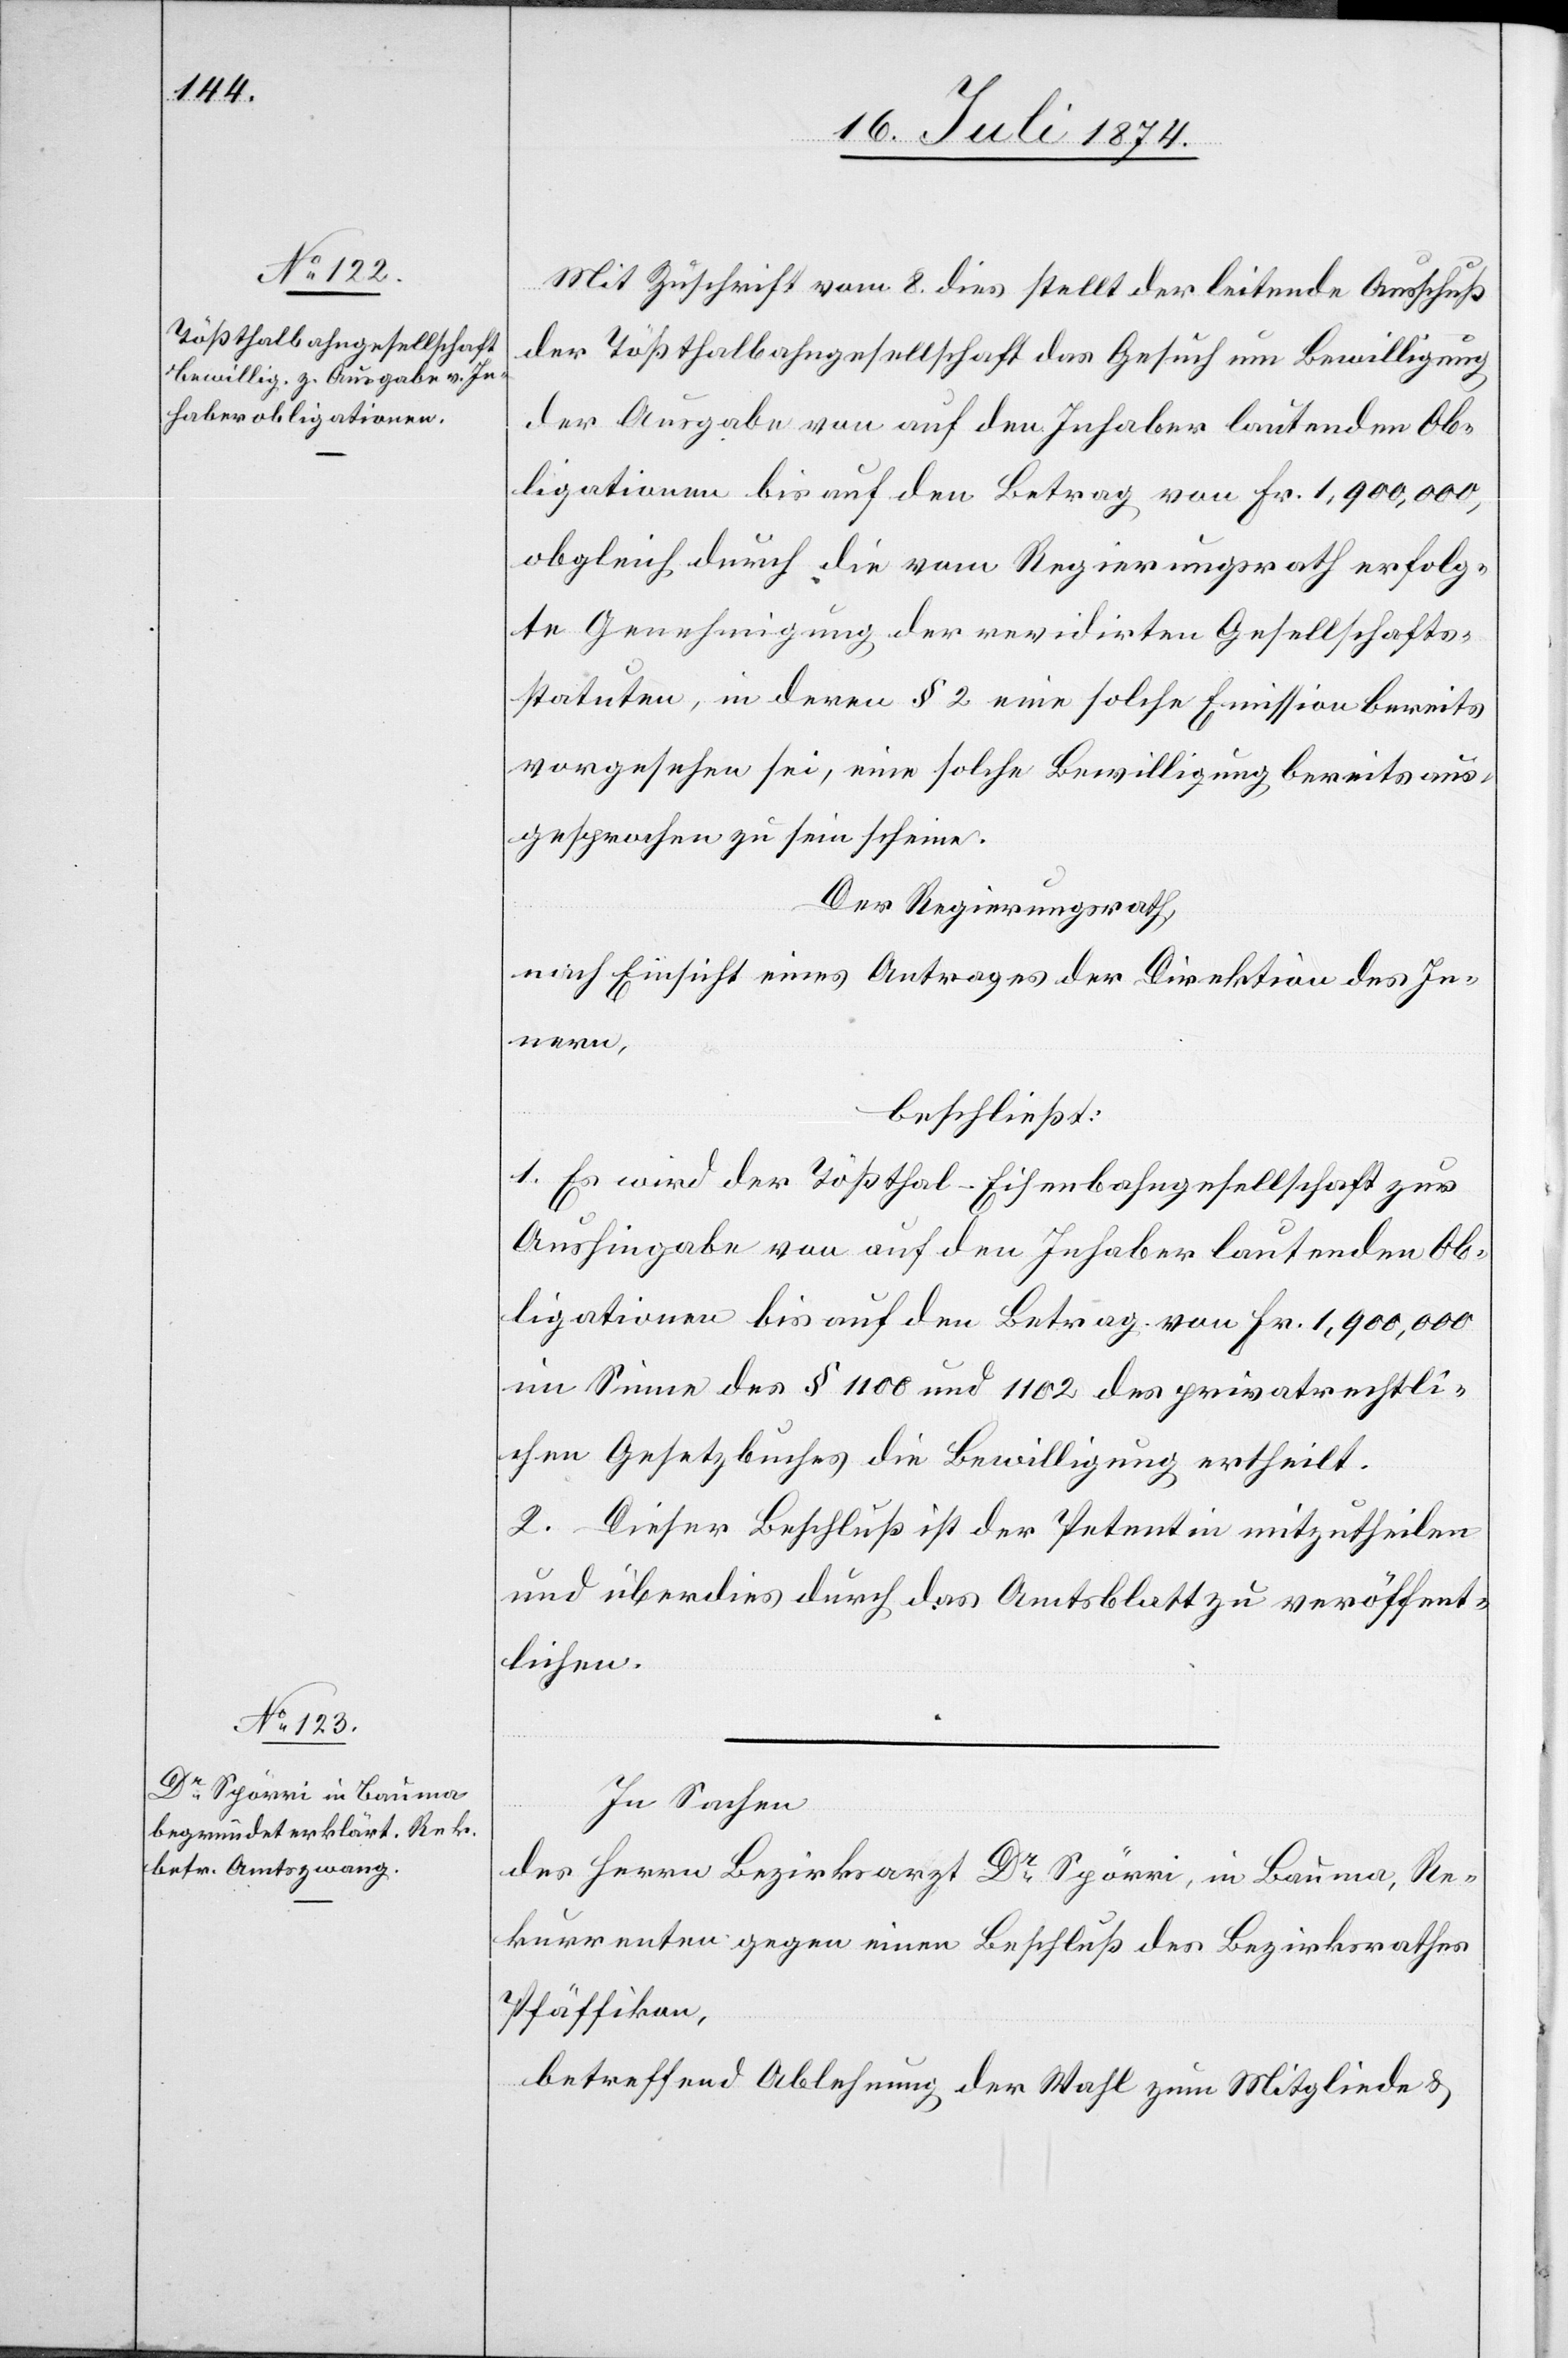
Mit Zuschrift vom 8. dies stellt der leitende Ausschuß
der Tößthalbahngesellschaft das Gesuch um Bewilligung
der Ausgabe von auf den Inhaber lautenden Ob¬
ligationen bis auf den Betrag von Fr. 1,900,000,
obgleich durch die vom Regierungsrath erfolg¬
te Genehmigung der revidirten Gesellschafts¬
statuten, in deren § 2 eine solche Emission bereits
vorgesehen sei, eine solche Bewilligung bereits aus¬
gesprochen zu sein scheine.
Der Regierungsrath,
nach Einsicht eines Antrages der Direktion des In¬
nern,
beschließt:
1. Es wird der Tößthal-Eisenbahngesellschaft zur
Aushingabe von auf den Inhaber lautenden Ob¬
ligationen bis auf den Betrag von Fr. 1,900,000
im Sinne des § 1100 und 1102 des privatrechtli¬
chen Gesetzbuches die Bewilligung ertheilt.
2. Dieser Beschluß ist der Petentin mitzutheilen
und überdies durch das Amtsblatt zu veröffent¬
lichen.
In Sachen
des Herrn Bezirksarzt Dr Spörri, in Bauma, Re¬
kurrenten gegen einen Beschluß des Bezirksrathes
Pfäffikon,
betreffend Ablehnung der Wahl zum Mitgliede u.